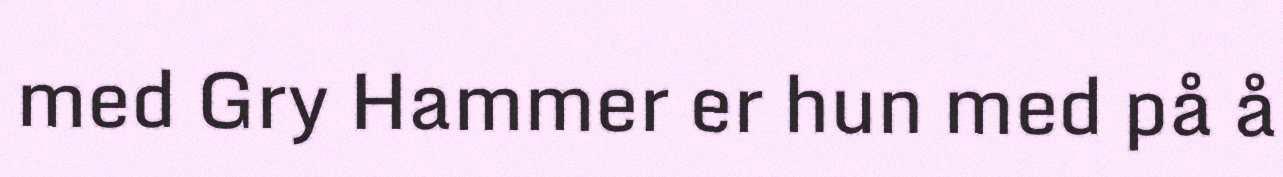
med Gry Hammer er hun med på å